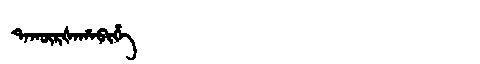
Manchu: ᡨᠠᡴᡡᡵᡧᠠᡥᠠᠪᡳᡥᡝ
Romanization: TAKŪRŠAHABIHE